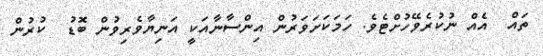
ތައް  އެއް ނުކުރެވޭހުށްޓެވެ. ހަމަކަށަވަރުން އިންސާނާއަކީ އަނިޔާވެރިވުން ބޮޑު  ކުރުން